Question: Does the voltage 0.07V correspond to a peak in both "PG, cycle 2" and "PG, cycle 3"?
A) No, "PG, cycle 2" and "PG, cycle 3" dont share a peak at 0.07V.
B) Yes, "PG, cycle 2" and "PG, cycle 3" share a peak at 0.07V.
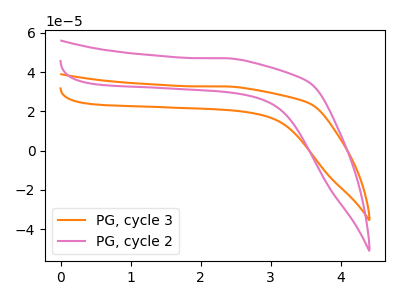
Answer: <think>The orange curve "PG, cycle 3" has no peaks. The pink curve "PG, cycle 2" has no peaks.</think>
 <answer>A) No, "PG, cycle 2" and "PG, cycle 3" dont share a peak at 0.07V.</answer>
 <eval>A</eval>